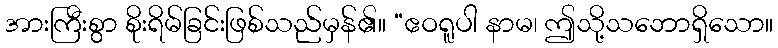
အားကြီးစွာ စိုးရိမ်ခြင်းဖြစ်သည်မှန်၏။ “ဧဝရူပါ နာမ၊ ဤသို့သဘောရှိသော။